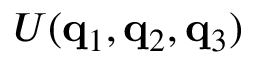
U ( \mathbf { q } _ { 1 } , \mathbf { q } _ { 2 } , \mathbf { q } _ { 3 } )